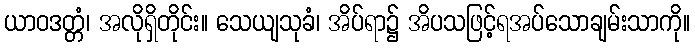
ယာဝဒတ္တံ၊ အလိုရှိတိုင်း။ သေယျသုခံ၊ အိပ်ရာ၌ အိပသဖြင့်ရအပ်သောချမ်းသာကို။